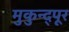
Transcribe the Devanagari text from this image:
मुकुन्द्पूर